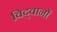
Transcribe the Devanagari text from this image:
विद्‍वानों